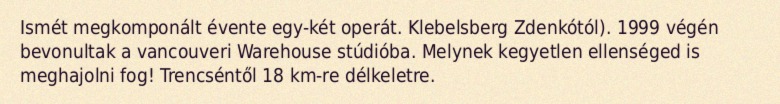
Ismét megkomponált évente egy-két operát. Klebelsberg Zdenkótól). 1999 végén bevonultak a vancouveri Warehouse stúdióba. Melynek kegyetlen ellenséged is meghajolni fog! Trencséntől 18 km-re délkeletre.